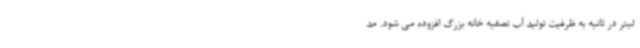
لیتر در ثانیه به ظرفیت تولید آب تصفیه خانه بزرگ افزوده می شود. مد